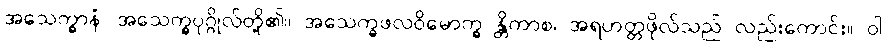
အသေက္ခာနံ၊ အသေက္ခပုဂ္ဂိုလ်တို့၏။ အသေက္ခဖလဝိမောက္ခ န္တိကာစ၊ အရဟတ္တဖိုလ်သည် လည်းကောင်း။ ဝါ၊